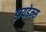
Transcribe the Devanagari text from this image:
डायडेम्स